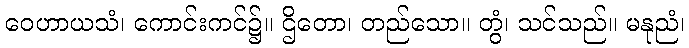
ဝေဟာယသံ၊ ကောင်းကင်၌။ ဌိတော၊ တည်သော။ တွံ၊ သင်သည်။ မနုညံ၊